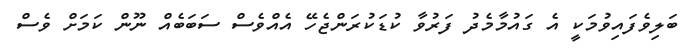
ބަލިވެފައިވުމަކީ އެ ގައުމާމެދު ފަރުވާ ކުޑަކުރަންޖެހޭ އެއްވެސް ސަބަބެއް ނޫން ކަމަށް ވެސް